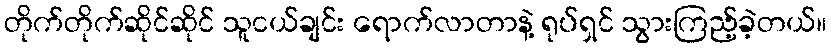
တိုက်တိုက်ဆိုင်ဆိုင် သူငယ်ချင်း ရောက်လာတာနဲ့ ရုပ်ရှင် သွားကြည့်ခဲ့တယ်။